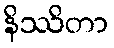
နိဿိတာ